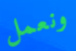
ونعمل